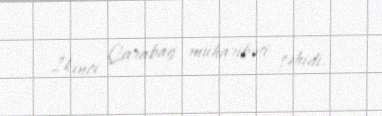
İkinci Qarabağ müharibəsi şəhidi.